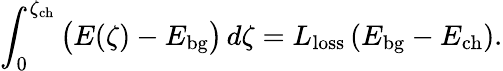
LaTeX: \int_{0}^{\zeta_{\mathrm{ch}}}\big(E(\zeta)-E_{\mathrm{bg}}\big)\, d\zeta=L_{\mathrm{loss}}\left(E_{\mathrm{bg}}-E_{\mathrm{ch}}\right).